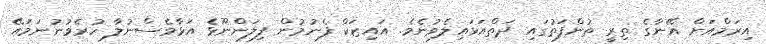
އިރަމްއަށް އޭނާގެ ތިރީ ތުންފަތުގައި ދަތްއަޅައިލެވުނެވެ. އައިޒަކް ފެނުމުން ފިލަންނޫޅެ އަޅާވެސްނުލާ ހުރެވުނުނަމައޭ